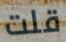
قلت